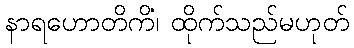
နာရဟောတိကိံ၊ ထိုက်သည်မဟုတ်